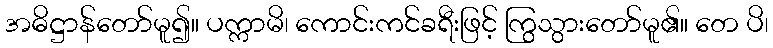
အဓိဋ္ဌာန်တော်မူ၍။ ပက္ကာမိ၊ ကောင်းကင်ခရီးဖြင့် ကြွသွားတော်မူ၏။ တေ ပိ၊